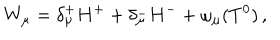
W _ { \mu } = \delta _ { \mu } ^ { + } H ^ { + } + \delta _ { \mu } ^ { - } H ^ { - } + \omega _ { \mu } ( T ^ { 0 } ) \, ,